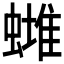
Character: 𧐻